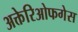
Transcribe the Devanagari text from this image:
अक्तेरिओफगेस